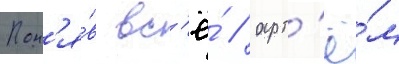
Пон'я́в вс'ё́ / арт'ё́м